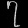
Digit: ၇